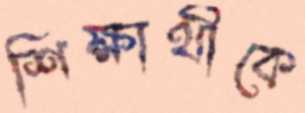
শিক্ষার্থীকে